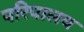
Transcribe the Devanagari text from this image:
परिपालय